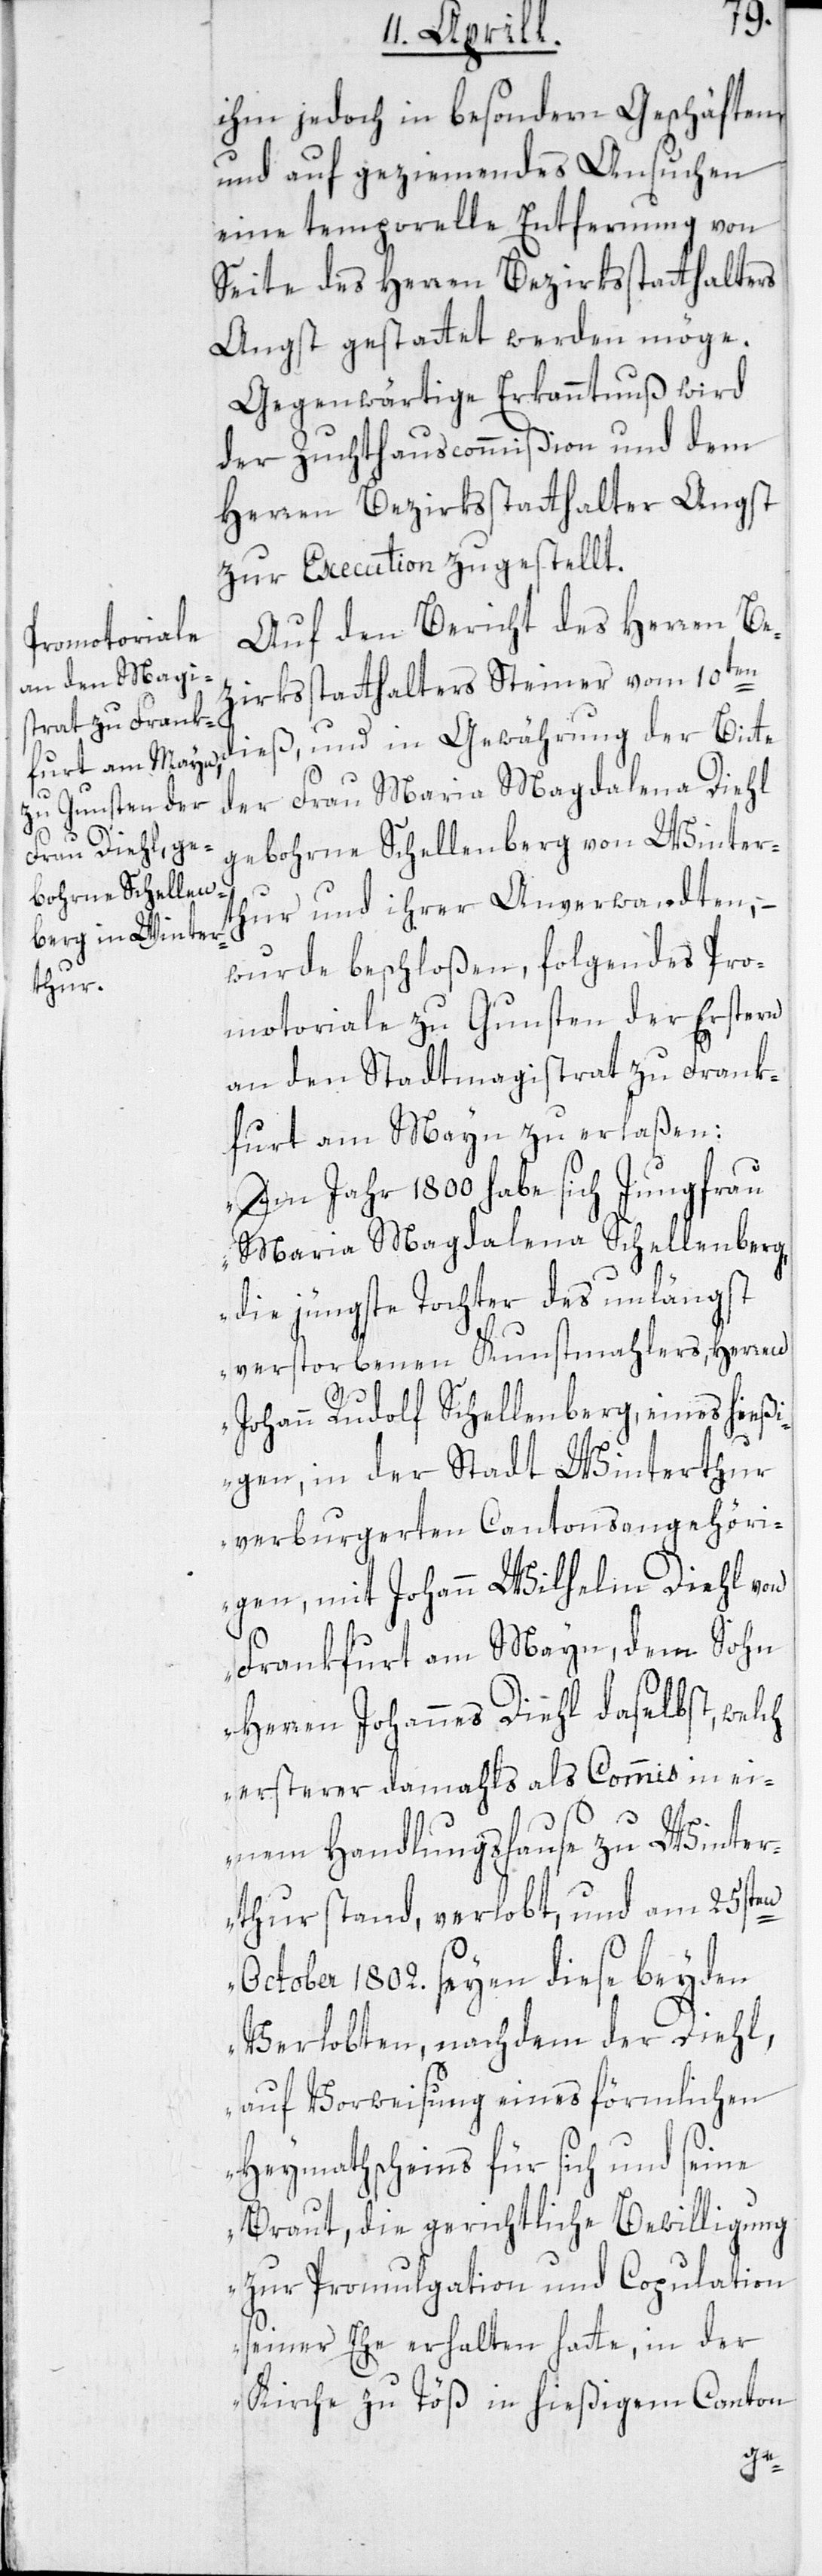
ihm jedoch in besondern Geschäften
und auf geziemendes Ansuchen
eine temporelle Entfernung von
Seite des Herren Bezirksstatthalters
Angst gestattet werden möge.
Gegenwärtige Erkanntnuß wird
der Zuchthauscommißion und dem
Herren Bezirksstatthalter Angst
zur Execution zugestellt.
Auf den Bericht des Herren Be¬
zirksstatthalters Steiner vom 10ten
dieß, und in Gewährung der Bitte
der Frau Maria Magdalena Diehl
gebohrne Schellenberg von Winter¬
ur und ihrer Anverwandten, –
wurde beschloßen, folgendes Pro¬
motoriale zu Gunsten der Erstern
an den Stadtmagistrat zu Frank¬
furt am Mayn zu erlaßen:
„Im Jahr 1800 habe sich Jungfrau
Maria Magdalena Schellenberg,
die jüngste Tochter des unlängst
verstorbenen Kunstmahlers, Herren
Johann Rudolf Schellenberg, eines hießi¬
gen, in der Stadt Winterthur
verburgerten Cantonsangehöri¬
gen, mit Johann Wilhelm Diehl von
Frankfurt am Mayn, dem Sohn
Herren Johannes Diehl daselbst, welch
ersterer damahls als Commis in ei¬
th¬
nem Handlungshause zu Winter¬
thur stand, verlobt, und am 25sten
October 1802. seyen diese beyden
Verlobten, nachdem der Diehl,
auf Vorweisung eines förmlichen
Heymathscheins für sich und seine
Braut, die gerichtliche Bewilligung
zur Promulgation und Copulation
seiner Ehe erhalten hatte, in der
Kirche zu Töß in hießigem Canton